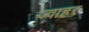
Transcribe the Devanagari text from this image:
ज्वाहर